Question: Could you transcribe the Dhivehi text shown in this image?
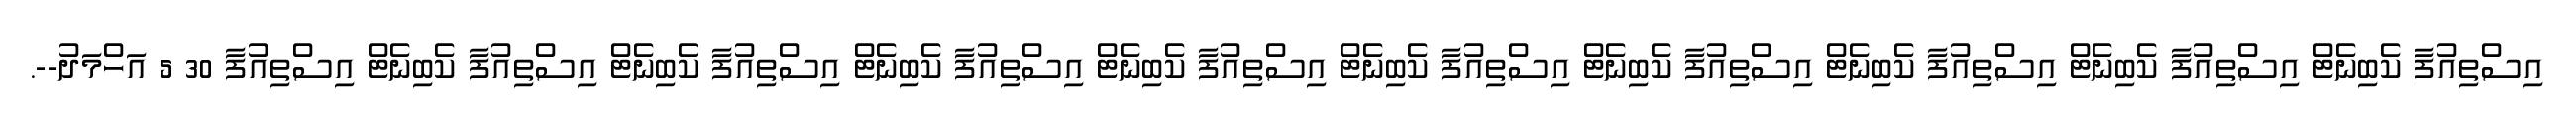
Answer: އިސްތިއުފާ ކެބިނެޓް އިސްތިއުފާ ކެބިނެޓް އިސްތިއުފާ ކެބިނެޓް އިސްތިއުފާ ކެބިނެޓް އިސްތިއުފާ ކެބިނެޓް އިސްތިއުފާ ކެބިނެޓް އިސްތިއުފާ ކެބިނެޓް އިސްތިއުފާ ކެބިނެޓް އިސްތިއުފާ ކެބިނެޓް އިސްތިއުފާ 30 5 އަހްމަދު--.